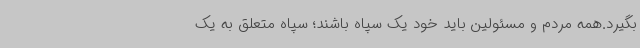
بگیرد.همه مردم و مسئولین باید خود یک سپاه باشند؛ سپاه متعلق به یک